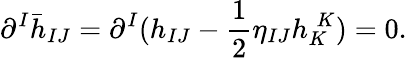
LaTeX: \partial^{I}\bar{h}_{IJ}=\partial^{I}(h_{IJ}-\frac{1}{2}\eta_{IJ}h_{K}^{\; K})=0.